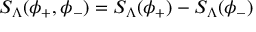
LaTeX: S _ { \Lambda } ( \phi _ { + } , \phi _ { - } ) = S _ { \Lambda } ( \phi _ { + } ) - S _ { \Lambda } ( \phi _ { - } )